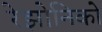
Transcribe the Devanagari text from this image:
रेझोनिको